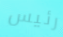
رئيس